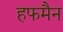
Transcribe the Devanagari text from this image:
हफमैन